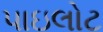
પાઇલોટ